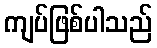
ကျပ်ဖြစ်ပါသည်